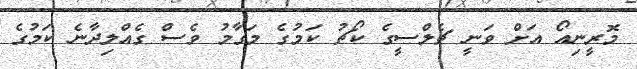
މޮރީނިއޯ އަށް ވަނީ ޗެލްސީގެ ކޯޗު ކަމުގެ މަގާމު ވެސް ގެއްލިދާނެ ކަމުގެ